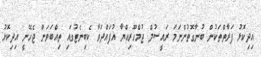
އިދިކޮޅު ފަރާތްތަކުން ބުނާގޮތުންނަމަ ރައީސުލް ޖުމްހޫރިއްޔާ އުފައްދަވާ ކެބިނެޓުގައި ތިއްބަވަން ޖެހޭނީ އިދިކޮޅު